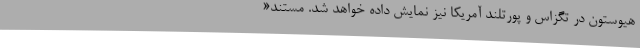
هیوستون در تگزاس و پورتلند آمریکا نیز نمایش داده خواهد شد. مستند«